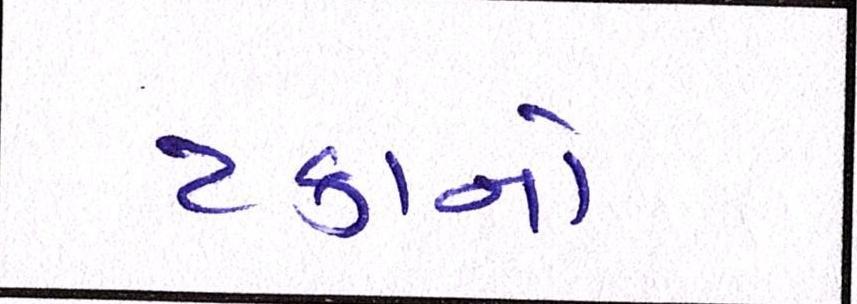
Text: ટકાનો